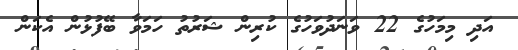
އަދި މިމަހުގެ 22 ވަނަދުވަހުގެ ކުރިން ޝަރުތު ހަމަވާ ބޭފުޅުން އެކަން